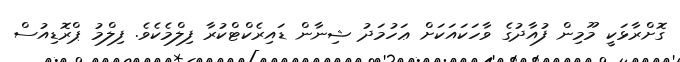
ގޮށްރާޅަކީ މޫމިން ފުއާދުގެ ވާހަކައަކަށް ޢަހުމަދު ޝިނާން ޑައިރެކްޓްކުރާ ފިލްމެކެވެ. ފިލްމު ޕްރޮޑިއުސް